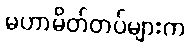
မဟာမိတ်တပ်များက